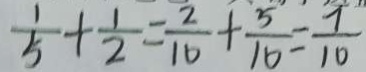
\frac { 1 } { 5 } + \frac { 1 } { 2 } = \frac { 2 } { 1 0 } + \frac { 5 } { 1 0 } = \frac { 7 } { 1 0 }